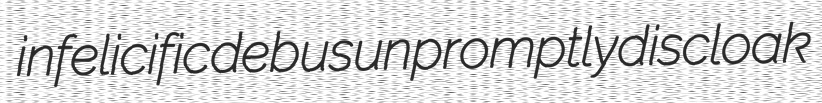
infelicific debus unpromptly discloak